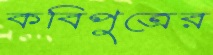
কবিপুত্রের